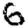
Digit: 6